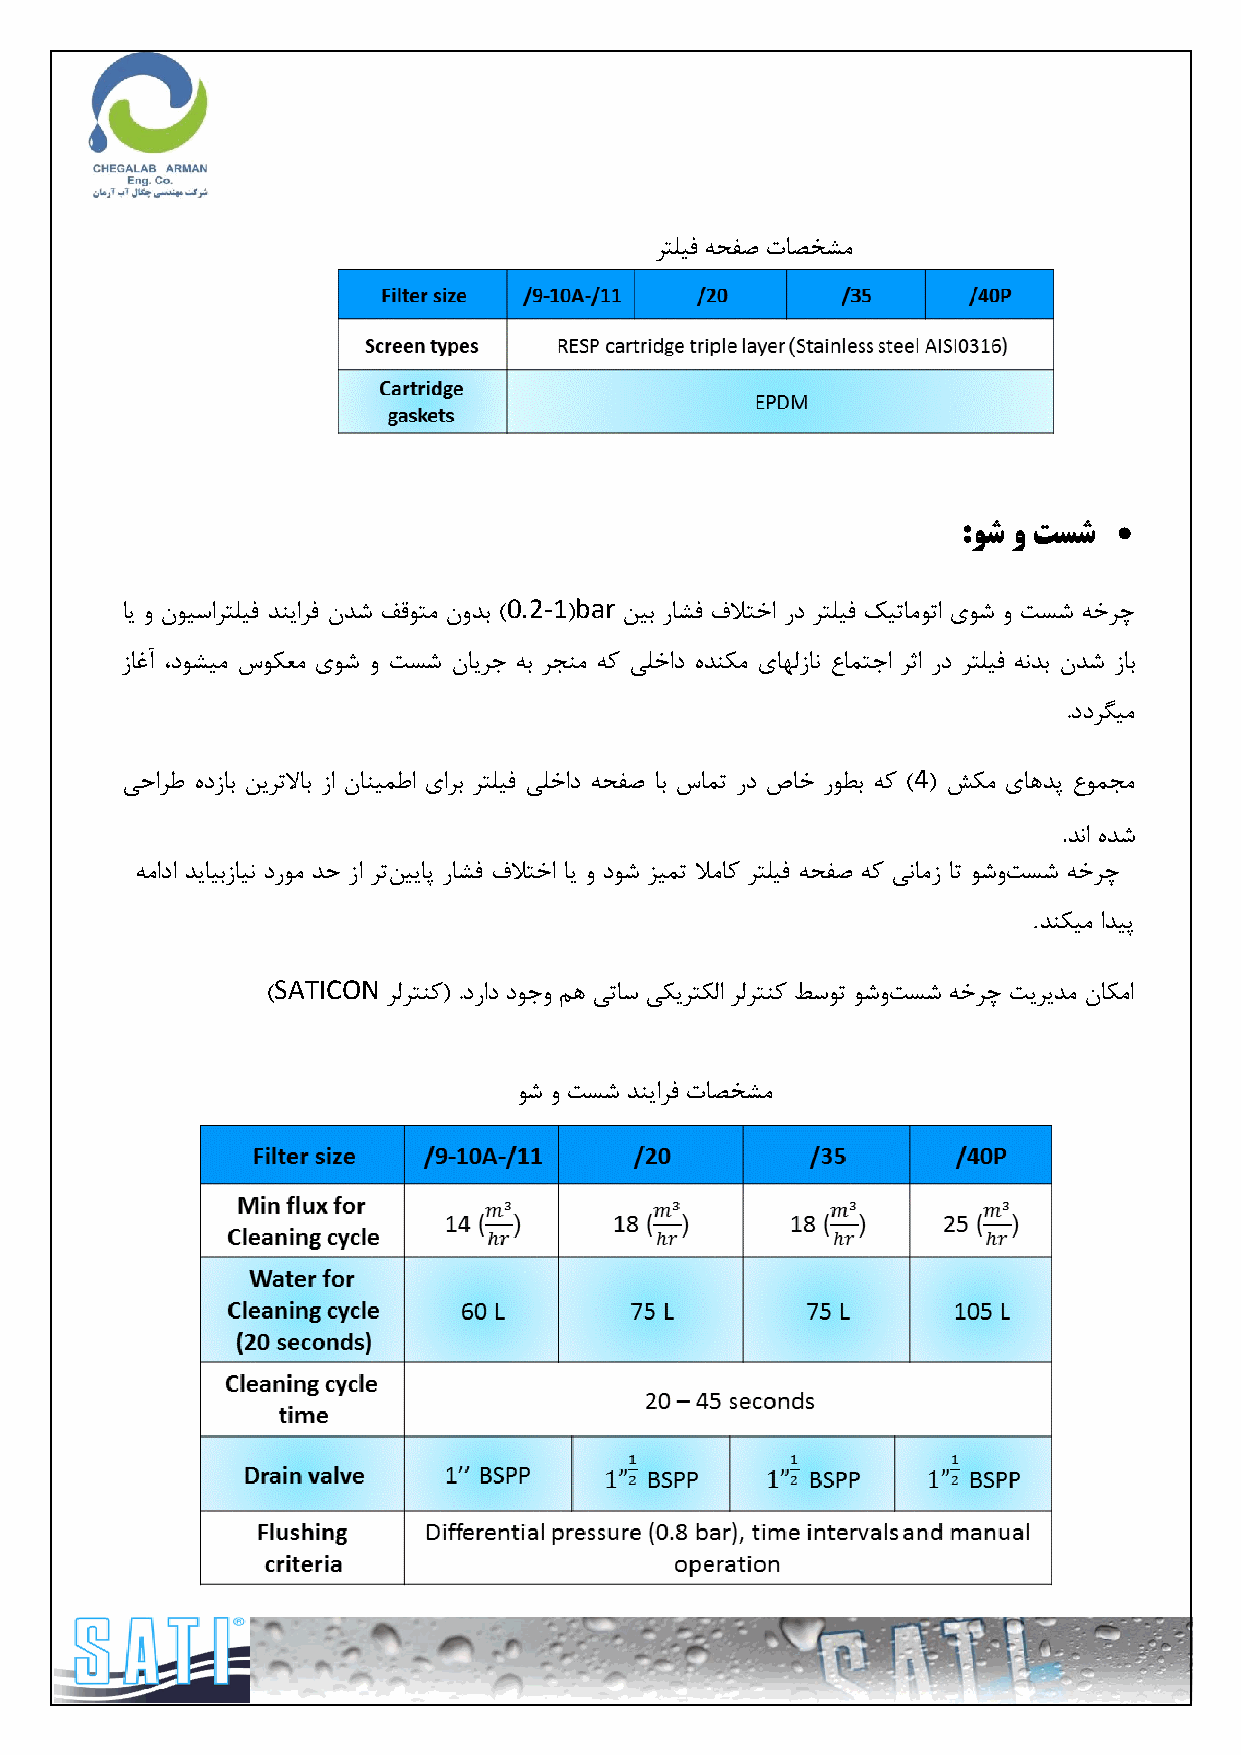
شتّیف ٝحفص تاصخطٔ
 
 :ًش ي تسش
 0.2-1 bar
 ای ٚ ٖٛیساشتّیف ذٙیاشف ٖذض فلٛتٔ ٖٚذت ) ( ٗیت ساطف فلاتخا سد شتّیف هیتأٛتا یٛض ٚ تسض ٝخشچ
 صاغآ ،دٛطیٔ سٛىعٔ یٛض ٚ تسض ٖایشخ ٝت شدٙٔ ٝو یّخاد ٜذٙىٔ یاِٟصا٘ عإتخا شثا سد شتّیف ٝ٘ذت ٖذض صات
 .ددشٍیٔ
 4
 یحاشط ٜدصات ٗیشتلاات صا ٖاٙیٕطا یاشت شتّیف یّخاد ٝحفص ات سإت سد ظاخ سٛطت ٝو ) ( صىٔ یاٞذپ عٕٛدٔ
 .ذ٘ا ٜذض
 ٝٔادا ذیایتصای٘ دسٛٔ ذح صا شتٗییاپ ساطف فلاتخا ای ٚ دٛض ضیٕت لأاو شتّیف ٝحفص ٝو ی٘أص ات ٛضٚتسض ٝخشچ
 .
 ذٙىیٔ اذیپ
 SATICON
 )       شِشتٙو( .دساد دٛخٚ ٓٞ یتاس یىیشتىِا شِشتٙو طسٛت ٛضٚتسض ٝخشچ تیشیذٔ ٖاىٔا
 ٛض ٚ تسض ذٙیاشف تاصخطٔ